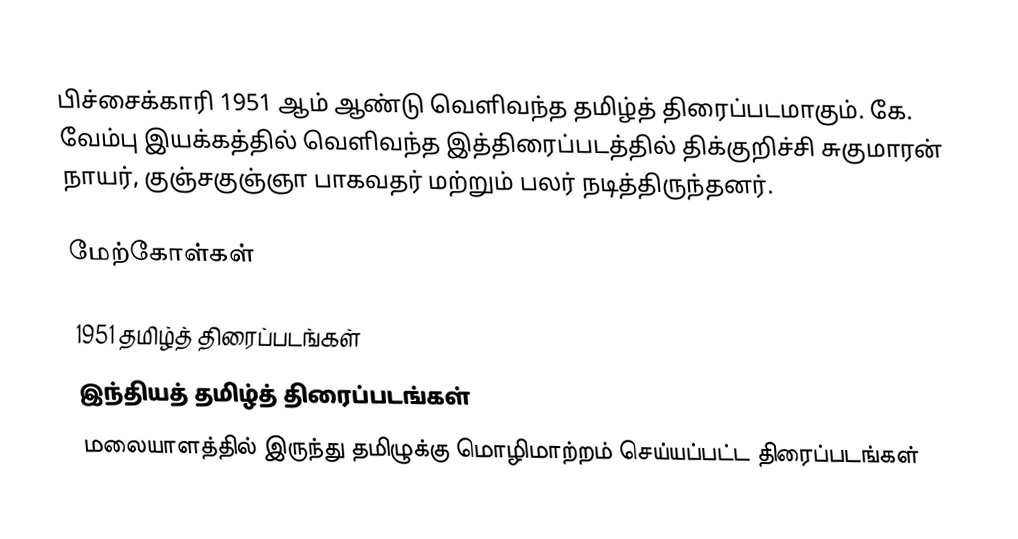
பிச்சைக்காரி 1951 ஆம் ஆண்டு வெளிவந்த தமிழ்த் திரைப்படமாகும். கே. வேம்பு இயக்கத்தில் வெளிவந்த இத்திரைப்படத்தில் திக்குறிச்சி சுகுமாரன் நாயர், குஞ்சகுஞ்ஞா பாகவதர் மற்றும் பலர் நடித்திருந்தனர்.

மேற்கோள்கள்

1951 தமிழ்த் திரைப்படங்கள்
இந்தியத் தமிழ்த் திரைப்படங்கள்
மலையாளத்தில் இருந்து தமிழுக்கு மொழிமாற்றம் செய்யப்பட்ட திரைப்படங்கள்